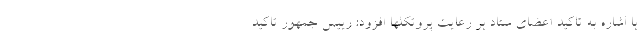
با اشاره به تاکید اعضای ستاد بر رعایت پروتکلها افزود: رییس جمهور تاکید